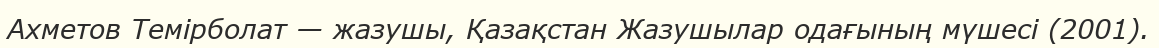
Ахметов Темірболат — жазушы, Қазақстан Жазушылар одағының мүшесі (2001).